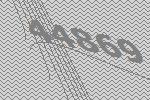
44869